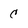
Character: c